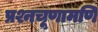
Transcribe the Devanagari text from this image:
प्रश्नचूणामणि